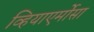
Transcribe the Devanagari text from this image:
व्हियाएर्मोसा